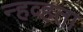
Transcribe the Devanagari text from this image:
न्हव्हता